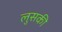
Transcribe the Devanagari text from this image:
लुसकी